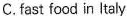
C.fast food in Italy